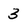
Character: 3